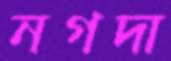
নগদা